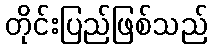
တိုင်းပြည်ဖြစ်သည်